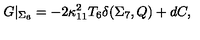
G \vert _ { \Sigma _ { 6 } } = - 2 \kappa _ { 1 1 } ^ { 2 } T _ { 6 } \delta ( \Sigma _ { 7 } , Q ) + d C ,